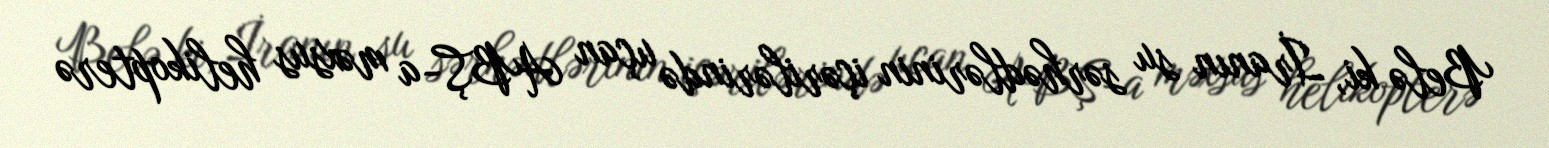
Belə ki, İranın su sərhədlərinin içərilərində uçan ABŞ-a məxsus helikopterə